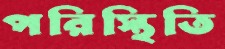
পরিস্থিতি